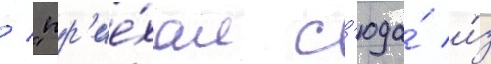
/ "пр'ие́хал с'юда́ и́з